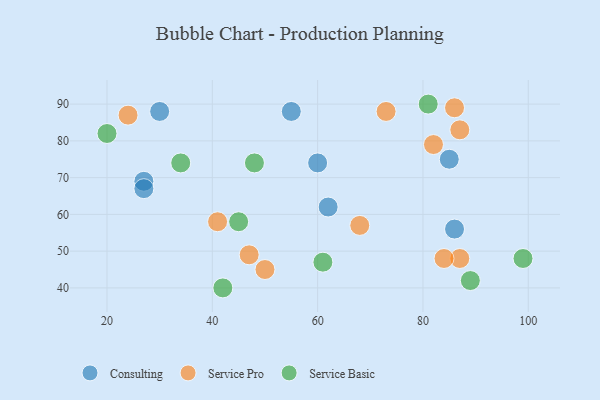
{"axis": {"x": "GDP", "y": "Life Expectancy"}, "legend": ["Consulting", "Service Basic", "Service Pro"], "data": [{"x": "27", "y": 69, "type": "Consulting"}, {"x": "60", "y": 74, "type": "Consulting"}, {"x": "86", "y": 56, "type": "Consulting"}, {"x": "55", "y": 88, "type": "Consulting"}, {"x": "62", "y": 62, "type": "Consulting"}, {"x": "30", "y": 88, "type": "Consulting"}, {"x": "85", "y": 75, "type": "Consulting"}, {"x": "27", "y": 67, "type": "Consulting"}, {"x": "87", "y": 48, "type": "Service Pro"}, {"x": "68", "y": 57, "type": "Service Pro"}, {"x": "87", "y": 83, "type": "Service Pro"}, {"x": "84", "y": 48, "type": "Service Pro"}, {"x": "41", "y": 58, "type": "Service Pro"}, {"x": "86", "y": 89, "type": "Service Pro"}, {"x": "73", "y": 88, "type": "Service Pro"}, {"x": "50", "y": 45, "type": "Service Pro"}, {"x": "47", "y": 49, "type": "Service Pro"}, {"x": "82", "y": 79, "type": "Service Pro"}, {"x": "24", "y": 87, "type": "Service Pro"}, {"x": "42", "y": 40, "type": "Service Basic"}, {"x": "48", "y": 74, "type": "Service Basic"}, {"x": "89", "y": 42, "type": "Service Basic"}, {"x": "34", "y": 74, "type": "Service Basic"}, {"x": "61", "y": 47, "type": "Service Basic"}, {"x": "45", "y": 58, "type": "Service Basic"}, {"x": "81", "y": 90, "type": "Service Basic"}, {"x": "20", "y": 82, "type": "Service Basic"}, {"x": "99", "y": 48, "type": "Service Basic"}]}